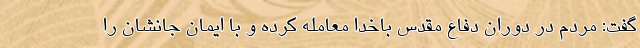
گفت: مردم در دوران دفاع مقدس باخدا معامله کرده و با ایمان جانشان را